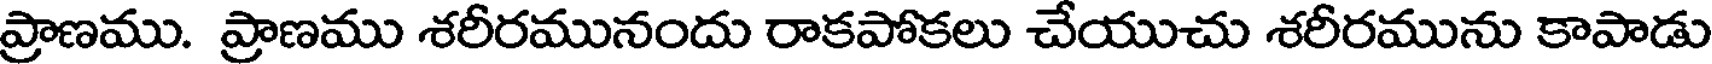
ప్రాణము. ప్రాణము శరీరమునందు రాకపోకలు చేయుచు శరీరమును కాపాడు